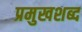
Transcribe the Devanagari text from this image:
प्रमुखशब्द